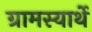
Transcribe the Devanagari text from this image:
ग्रामस्यार्थे